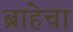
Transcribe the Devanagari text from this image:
ब्राहेचा